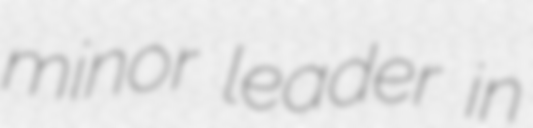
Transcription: minor leader in